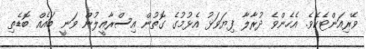
ވޭރިއަންޓެކެވެ. އެހެންވެ ދުރާލާ ފިޔަވަޅު އެޅުމުގެ ގޮތުން އިސްރާއީލުން ވަނީ ބައެއް ބޮޑެތި